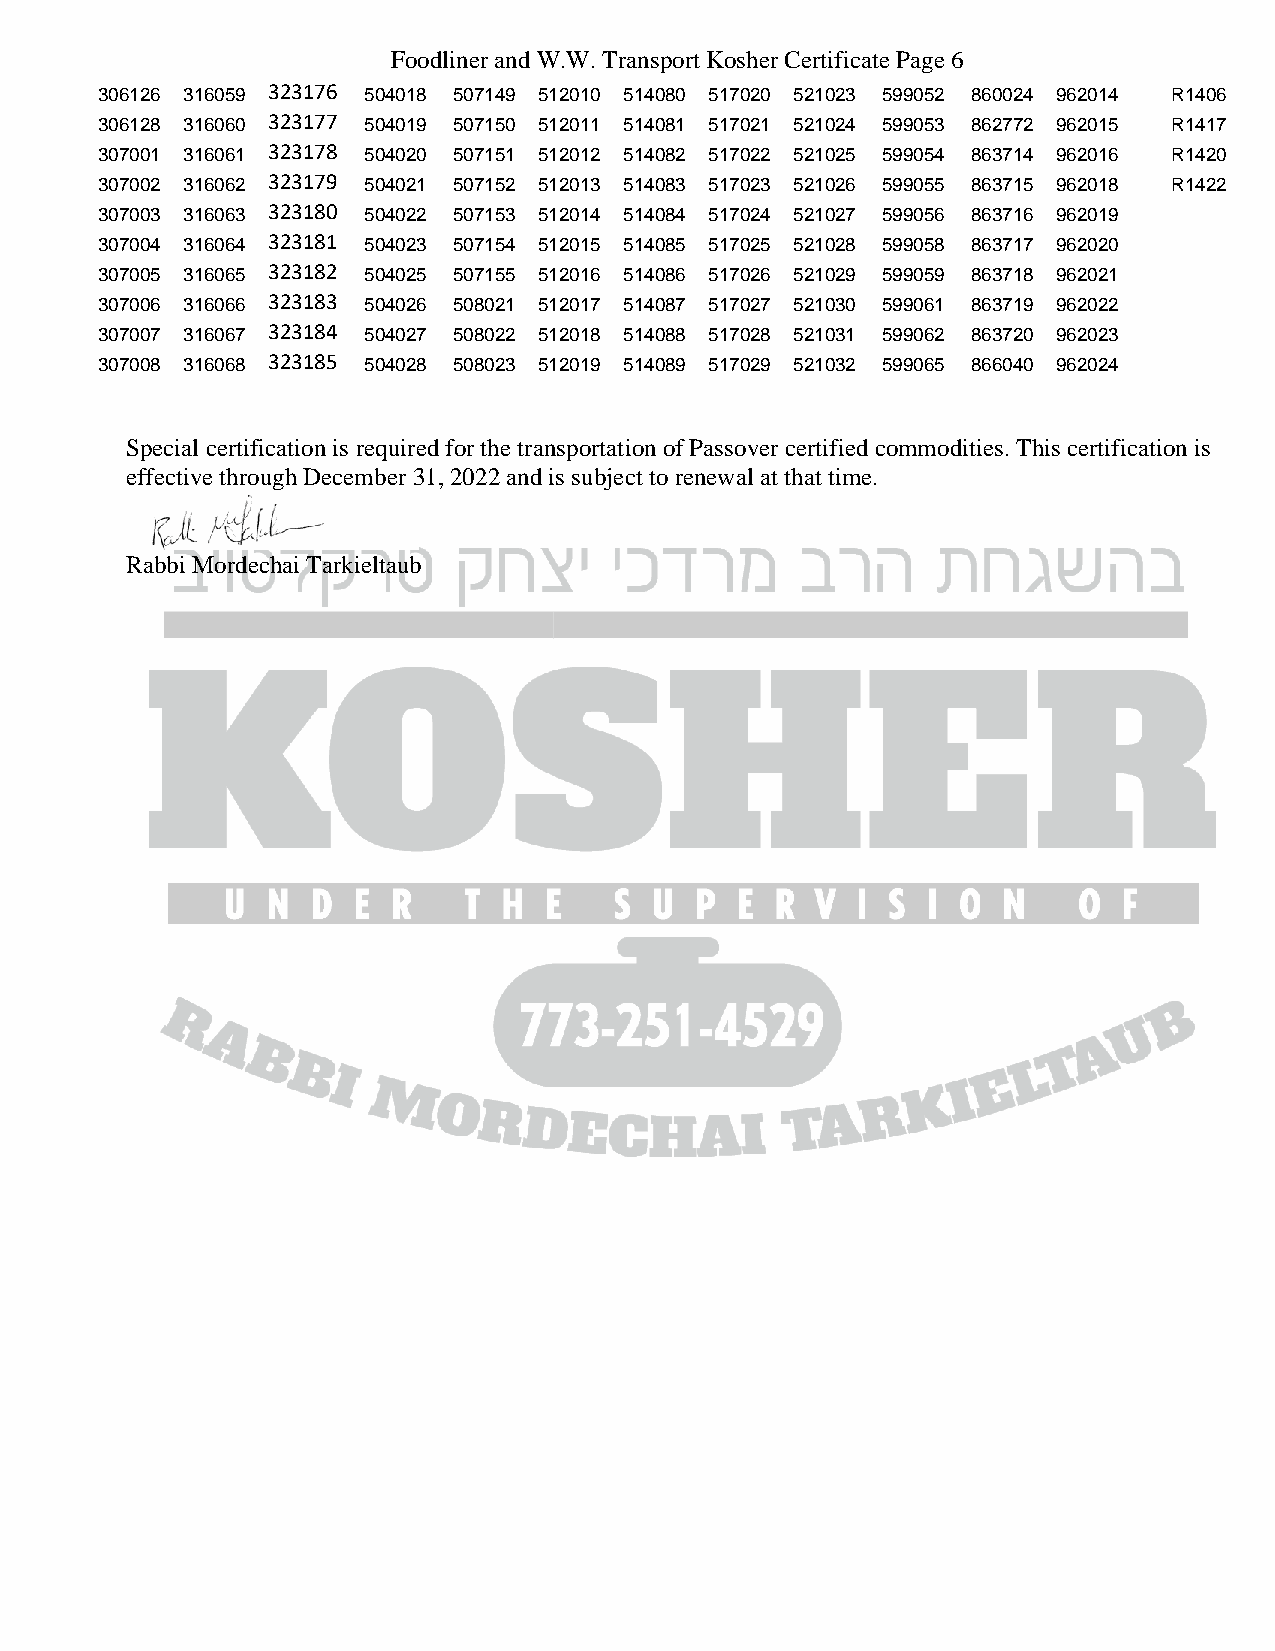
Foodliner and W.W. Transport Kosher Certificate Page 6
 306126 316059 323176 504018 507149 512010 514080 517020 521023 599052 860024 962014 R1406
 306128 316060 323177 504019 507150 512011 514081 517021 521024 599053 862772 962015 R1417
 307001 316061 323178 504020 507151 512012 514082 517022 521025 599054 863714 962016 R1420
 307002 316062 323179 504021 507152 512013 514083 517023 521026 599055 863715 962018 R1422
 307003 316063 323180 504022 507153 512014 514084 517024 521027 599056 863716 962019
 307004 316064 323181 504023 507154 512015 514085 517025 521028 599058 863717 962020
 307005 316065 323182 504025 507155 512016 514086 517026 521029 599059 863718 962021
 307006 316066 323183 504026 508021 512017 514087 517027 521030 599061 863719 962022
 307007 316067 323184 504027 508022 512018 514088 517028 521031 599062 863720 962023
 307008 316068 323185 504028 508023 512019 514089 517029 521032 599065 866040 962024
 Special certification is required for the transportation of Passover certified commodities. This certification is
 effective through December 31, 2022 and is subject to renewal at that time.
 Rabbi Mordechai Tarkieltaub